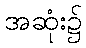
အဆုံး၌